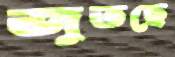
জুতছে